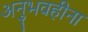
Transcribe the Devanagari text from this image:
अनुभवहीना